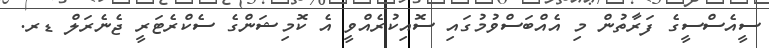
ސީއެސްސީގެ ފަރާތުން މި އެއްބަސްވުމުގައި ސޮއިކުރެއްވީ އެ ކޮމިޝަންގެ ސެކްރެޓަރީ ޖެނެރަލް ޑރ.